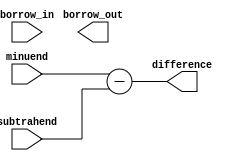
module carry_lookahead_subtractor (
    input wire [3:0] minuend,
    input wire [3:0] subtrahend,
    input wire borrow_in,
    output wire [3:0] difference,
    output wire borrow_out
);

wire [3:0] holds;

assign holds[0] = borrow_in;
assign holds[1] = minuend[0] ^ subtrahend[0] ^ borrow_in;
assign holds[2] = (minuend[1] ^ subtrahend[1]) & (~minuend[0] ^ subtrahend[0]) | (minuend[1] & subtrahend[1]);
assign holds[3] = (minuend[2] ^ subtrahend[2]) & (~minuend[1] ^ subtrahend[1]) | (minuend[2] & subtrahend[2]);
assign holds[4] = (minuend[3] ^ subtrahend[3]) & (~minuend[2] ^ subtrahend[2]) | (minuend[3] & subtrahend[3]);

assign difference = minuend - subtrahend;
assign borrow_out = ~holds[4];

endmodule